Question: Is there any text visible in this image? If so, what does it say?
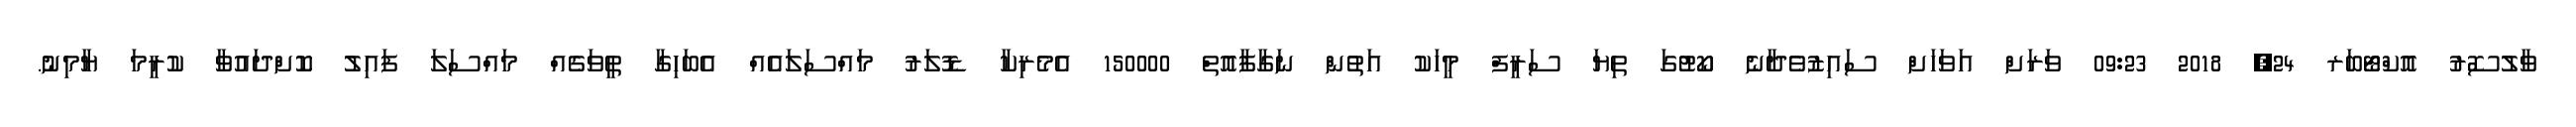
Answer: ވާލުސޮރު އޮކްޓޯބަރ 24, 2018 09:23 ވަރަށް އަވަހަށް ސައިޒުވެދާނެ ކޯޓުގަ ތިޔަ ސަރީފް މީހަކު އަތުން ނަގާފާއޮތް 150000 އެމެރިކާ ޑޮލަރު މައްސަލައެއް އެބަހިގާ ތީވަގެއް މައްސަލަ ފައިލު ކޮށްދައުވާ ކުރީމަ ޔާމިނު.